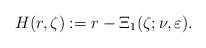
LaTeX: \begin{align*}H(r,\zeta):=r-\Xi_1(\zeta;\nu,\varepsilon).\end{align*}